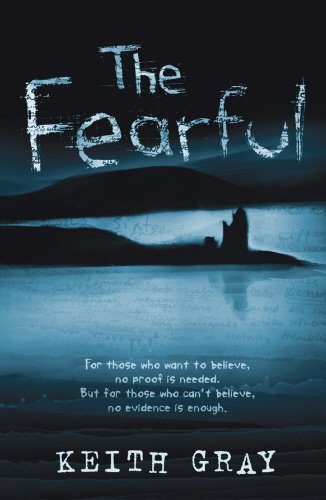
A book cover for The Fearful; Keith Gray; Teen & Young Adult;